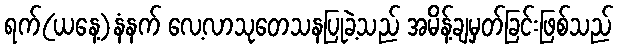
ရက်(ယနေ့)နံနက် လေ့လာသုတေသနပြုခဲ့သည် အမိန့်ချမှတ်ခြင်းဖြစ်သည်